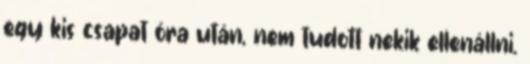
egy kis csapat óra után, nem tudott nekik ellenállni.